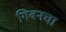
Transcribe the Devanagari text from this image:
गिबनचा